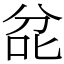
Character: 兺